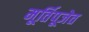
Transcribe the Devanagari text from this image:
मूर्तिपूजेत